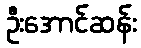
ဦးအောင်ဆန်း